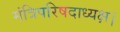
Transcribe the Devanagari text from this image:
मंत्रिपरिषदाध्यक्ष।